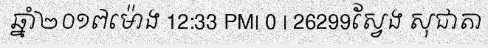
ឆ្នាំ២០១៧ម៉ោង 12:33 PM| 0 | 26299ស្វែង សុជាតា